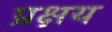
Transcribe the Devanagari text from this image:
प्रक्षय